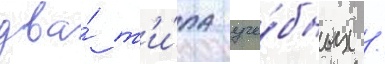
два́ т'и́па уче́бных /